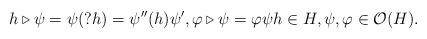
LaTeX: \begin{align*}h \triangleright \psi = \psi(?h) = \psi''(h)\psi', \varphi \triangleright \psi = \varphi\psi h \in H, \psi, \varphi \in \mathcal{O}(H).\end{align*}